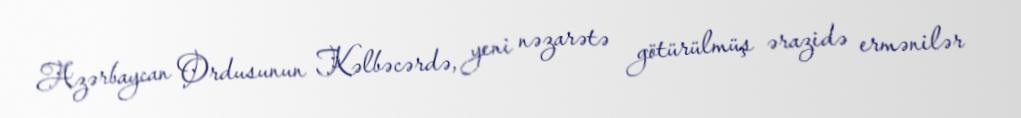
Azərbaycan Ordusunun Kəlbəcərdə, yeni nəzarətə götürülmüş ərazidə ermənilər